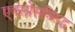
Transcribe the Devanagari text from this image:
एक्स्प्रेसविरुद्ध